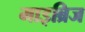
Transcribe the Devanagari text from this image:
माइब्रिज